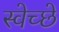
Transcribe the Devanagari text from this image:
स्वेच्छे